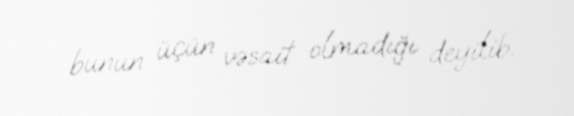
bunun üçün vəsait olmadığı deyilib.